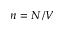
n = N / V